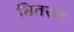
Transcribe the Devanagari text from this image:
बितरण